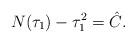
LaTeX: \begin{align*} N(\tau_1)-\tau_1^2=\hat C.\end{align*}